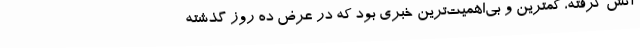
آتش گرفته، کمترین و بی‌اهمیت‌ترین خبری بود که در عرض ده روز گذشته